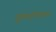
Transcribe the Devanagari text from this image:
गुणदोषांना